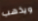
ويذهب